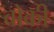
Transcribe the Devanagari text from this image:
वोकी